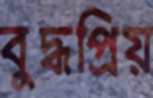
বুদ্ধপ্রিয়